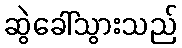
ဆွဲခေါ်သွားသည်